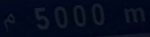
5000 m